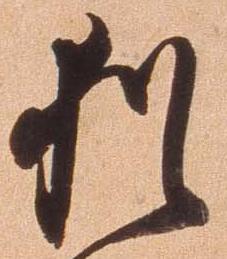
猶